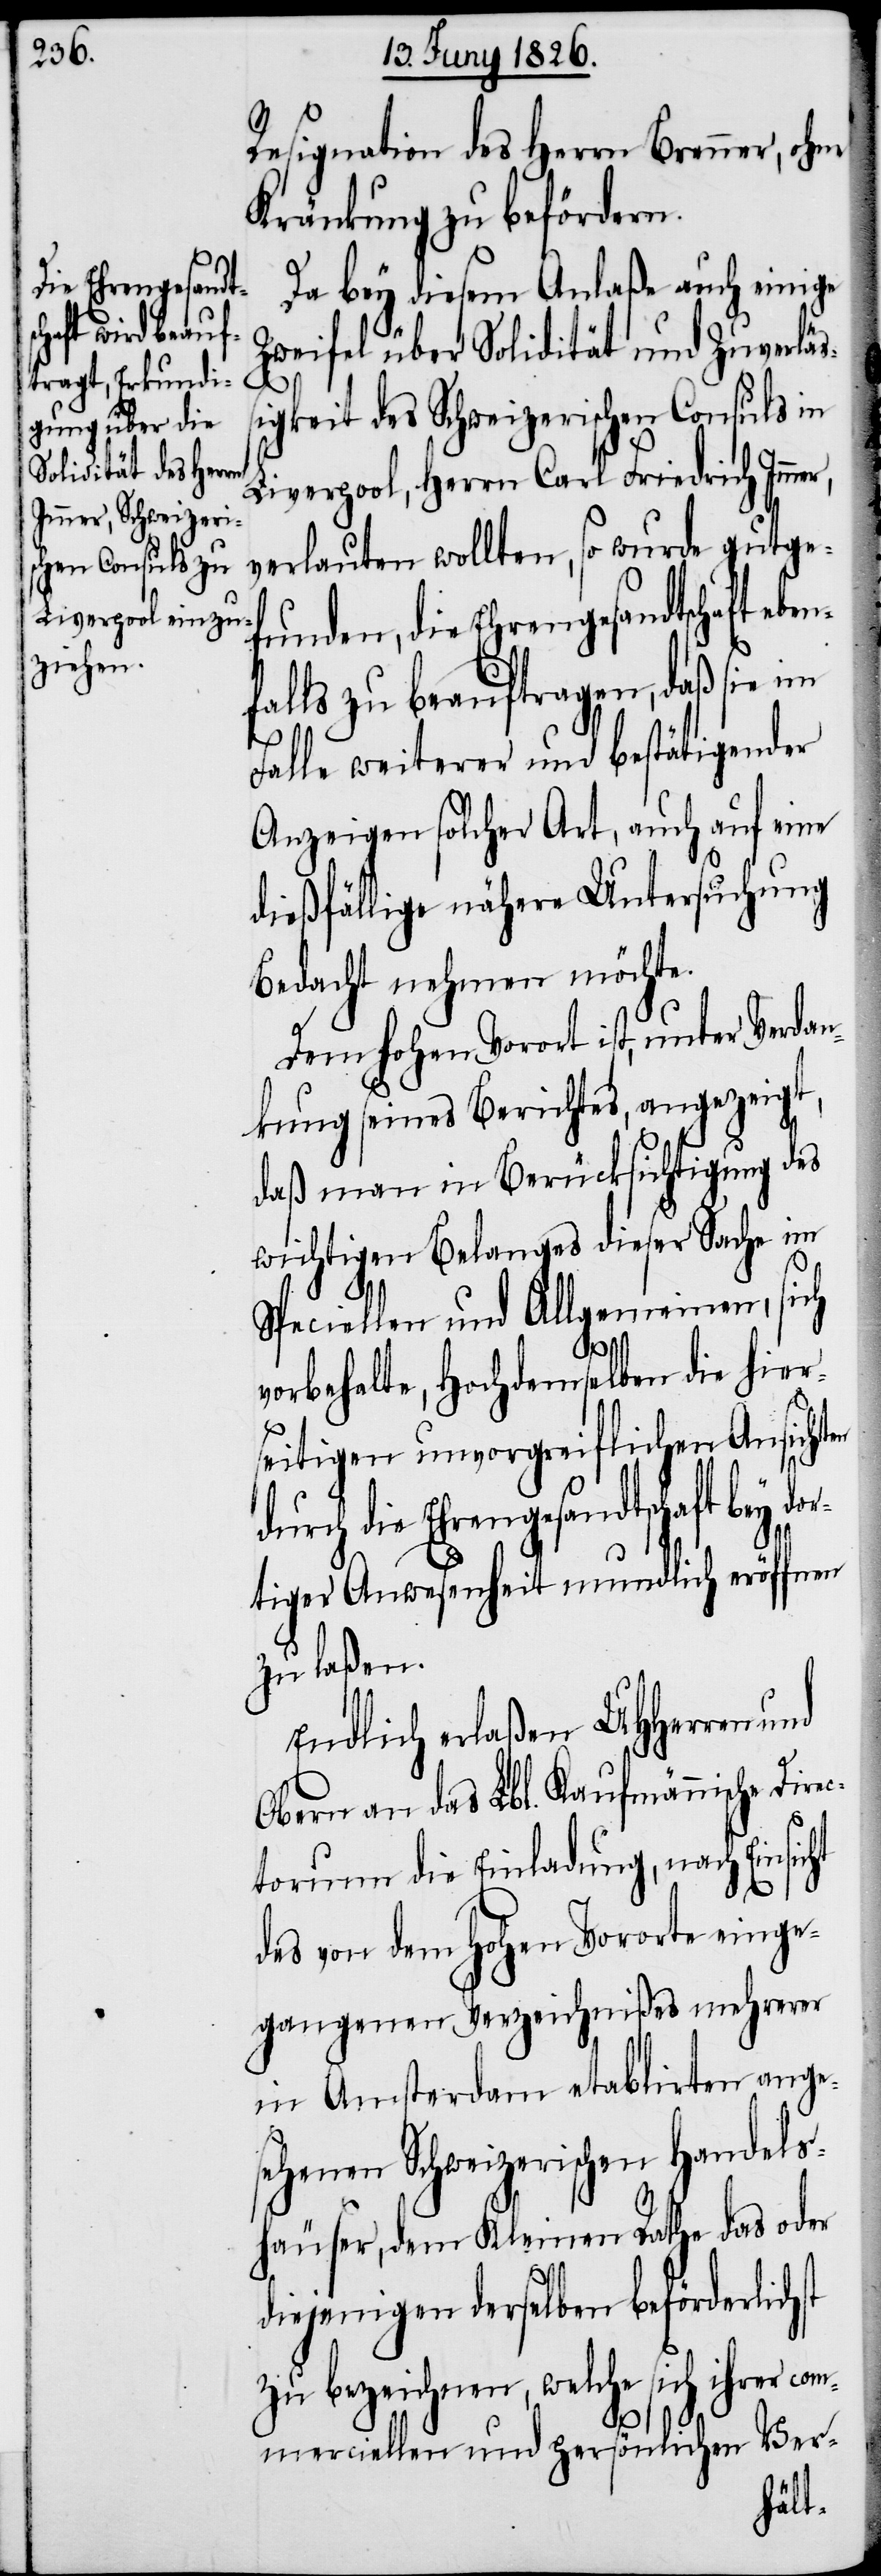
Resignation des Herrn Brenner, oh¬
Kränkung zu befördern.
Da bey diesem Anlaße auch einige
Zweifel über Solidität und Zuverläß¬
igkeit des Schweizerischen Consuls in
Liverpool, Herrn Carl Friedrich Imme¬
verlauten wollten, so wurde gutge¬
funden, die Ehrengesandtschaft e¬
falls zu beauftragen, daß sie im
ht
Falle weiterer und bestätigender
Anzeigen solcher Art, auch auf eine
dießfällige nähere Untersuchung
Bedacht nehmen möchte.
Dem hohen Vorort ist, unter Verdan¬
kung seines Berichtes, angezeigt,
daß man in Berücksichtung des
wichtigen Belanges dieser Sache im
Speciellen und Allgemeinen, sich
co¬
vorbehalte, Hochdemselben die hier¬
seitigen unvorgreiflichen Ansichten
durch die Ehrengesandtschaft bey
tiger Anwesenheit mundlich eröffnen
zu laßen.
Endlich erlaßen UHHerren und
Obern an das Lbl. Kaufmännische Dire¬
ctorium die Einladung, nach Einsic¬
des von dem hohen Vororte einge¬
gangenen Verzeichnißes mehrerer
in Amsterdam etablirten ange¬
sehenen Schweizerischen Handels¬
häuser, dem Kleinen Rathe das oder
diejenigen derselben beförderlich¬
zu bezeichnen, welche sich ihrer
mmerciellen und persönlichen Ver-